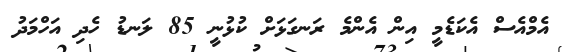
އެމްއެސް އެކަޑެމީ އިން އެންމެ ރަނގަޅަށް ކުޅުނީ 85 ލަނޑު ހެދި އަހްމަދު